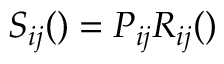
S _ { i j } ( \l ) = P _ { i j } R _ { i j } ( \l )